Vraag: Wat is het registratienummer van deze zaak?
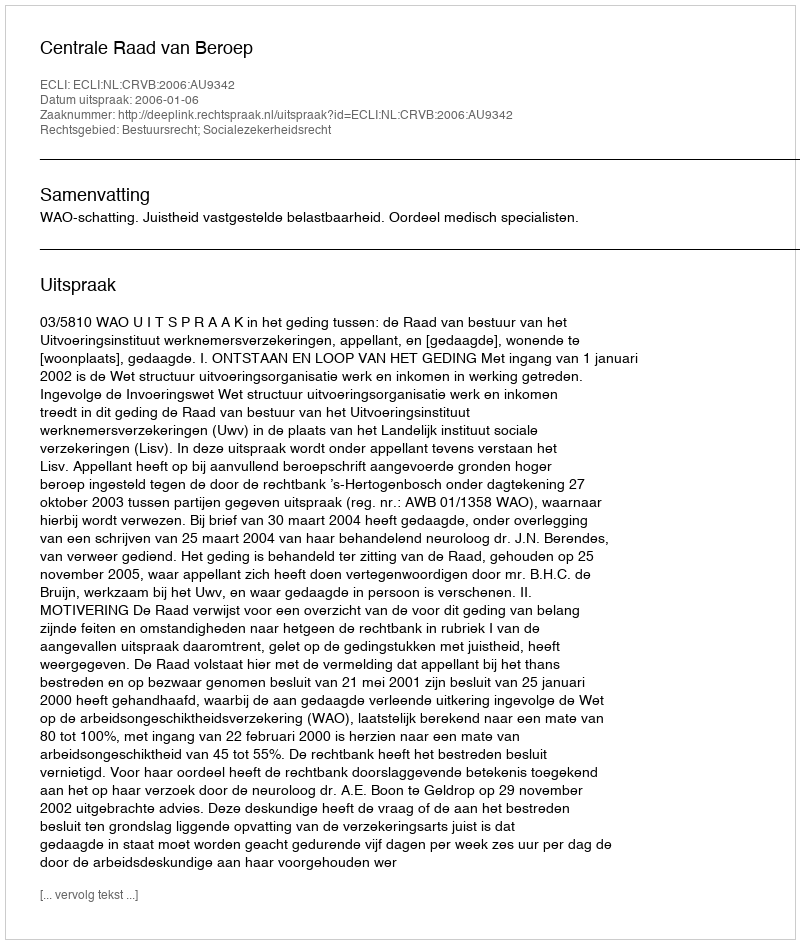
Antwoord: http://deeplink.rechtspraak.nl/uitspraak?id=ECLI:NL:CRVB:2006:AU9342